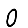
Digit: 0